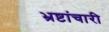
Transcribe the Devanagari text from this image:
भ्रष्टांचारी